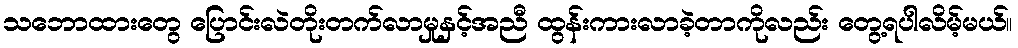
သဘောထားတွေ ပြောင်းလဲတိုးတက်လာမှုနှင့်အညီ ထွန်းကားလာခဲ့တာကိုလည်း တွေ့ရပါလိမ့်မယ်။